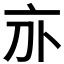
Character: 𠅄